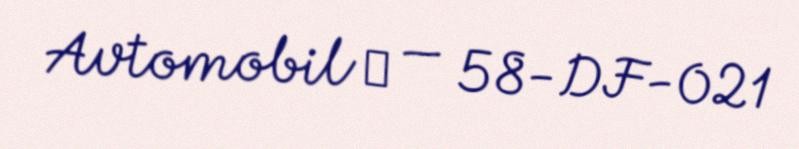
Avtomobil № — 58-DF-021